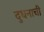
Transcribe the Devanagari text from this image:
दुधनाची